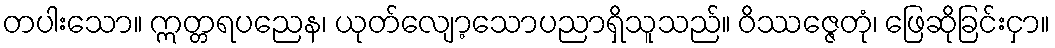
တပါးသော။ ဣတ္တရပညေန၊ ယုတ်လျော့သောပညာရှိသူသည်။ ဝိဿဇ္ဇေတုံ၊ ဖြေဆိုခြင်းငှာ။